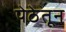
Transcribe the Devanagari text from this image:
पेठेतून